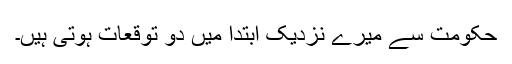
حکومت سے میرے نزدیک ابتدا میں دو توقعات ہوتی ہیں۔